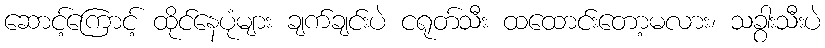
ဆောင့်ကြောင့် ထိုင်နေပုံများ ချက်ချင်းပဲ ငရုတ်သီး ထထောင်းတော့မလား၊ သခွားသီးပဲ